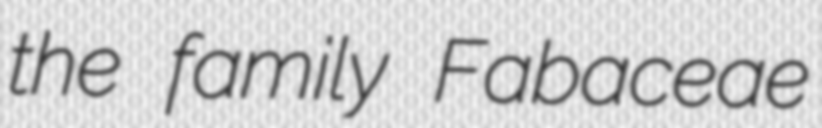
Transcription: the family Fabaceae